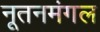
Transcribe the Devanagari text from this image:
नूतनमंगल